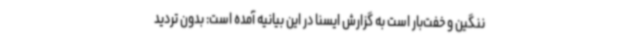
ننگین و خفت‌بار است به گزارش ایسنا در این بیانیه آمده است: بدون تردید